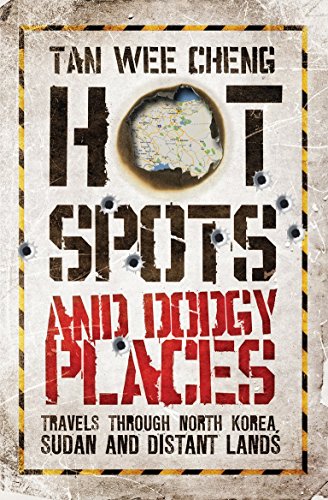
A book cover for Hotspots and Dodgy Places: Travels Through North Korea, Sudan and Distant Lands by Tan Wee Cheng (30-Jun-2010) Paperback; Travel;